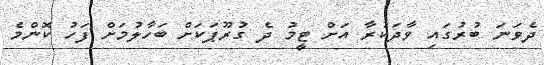
ދެވަނަ ބުރުގައި ވާދަކުރާ އަށް ޓީމު ދެ ގުރޫޕަކަށް ބަހާލުމަށް ފަހު ކޮންމެ